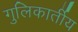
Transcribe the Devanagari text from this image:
गुलिकार्तीय